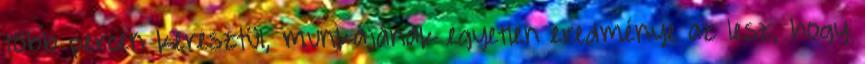
több percen keresztül, munkájának egyetlen eredménye az lesz, hogy